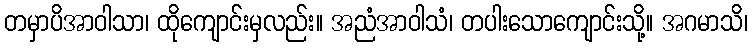
တမှာပိအာဝါသာ၊ ထိုကျောင်းမှလည်း။ အညံအာဝါသံ၊ တပါးသောကျောင်းသို့။ အဂမာသိ၊